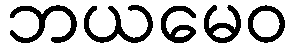
ဘယမေဝ